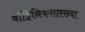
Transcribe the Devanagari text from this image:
बॉट्विनिकसारख्या